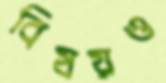
বিষয়ও